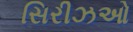
સિરીઝઓ